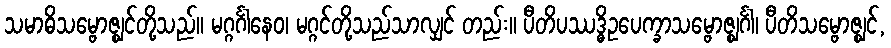
သမာဓိသမ္ဗောဇ္ဈင်တို့သည်။ မဂ္ဂင်္ဂါနေဝ၊ မဂ္ဂင်တို့သည်သာလျှင် တည်း။ ပီတိပဿဒ္ဓိဥပေက္ခာသမ္ဗောဇ္ဈင်္ဂါ၊ ပီတိသမ္ဗောဇ္ဈင်,